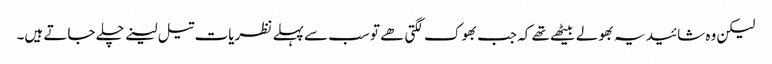
لیکن وہ شائید یہ بھولے بیٹھے تھے کہ جب بھوک لگتی ھے تو سب سے پہلے نظریات تیل لینے چلے جاتے ہیں۔